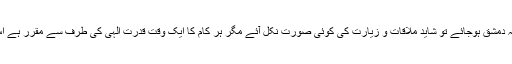
کئی بار خواہش ہوئی کہ لندن کا سفر براستہ دمشق ہوجائے تو شاید ملاقات و زیارت کی کوئی صورت نکل آئے مگر ہر کام کا ایک وقت قدرت الٰہی کی طرف سے مقرر ہے اس لیے ایسی کوئی شکل عمل میں نہ آسکی۔